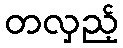
တလှည့်